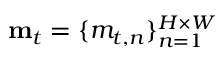
\mathbf { m } _ { t } = \{ { m } _ { t , n } \} _ { n = 1 } ^ { H \times W }